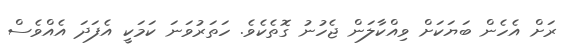
ރަށް އެހެން ބަޔަކަށް ވިއްކާލަން ޖެހުނު ގޮތެކެވެ. ހަތަރުވަނަ ކަމަކީ އެފަދަ އެއްވެސް